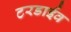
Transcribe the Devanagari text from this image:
टरडाईव